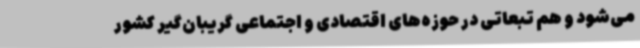
می‌شود و هم تبعاتی در حوزه‌های اقتصادی و اجتماعی گریبان‌گیر کشور